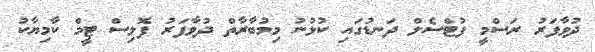
ދުވާފަރު ރަސްމީ ފުޓްސެލް ދަނޑުގައި ކުޅުނު މިމުބާރާތް ދުވާފަރު ޕޮލިސް ޓީމް ކާމިޔާކު